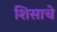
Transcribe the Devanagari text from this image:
शिसाचे